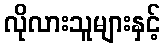
လိုလားသူများနှင့်